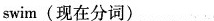
swim(现在分词)___